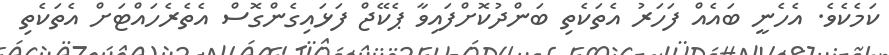
ކަމެކެވެ. އެހެނީ ބައެއް ފަހަރު އެތަކެތި ބަންދުކޮށްފައިވާ ޕެކޭޖް ފަޅައިގެންގޮސް އެތެރެހައްޓަށް އެތަކެތި